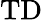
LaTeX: \mathrm{TD}